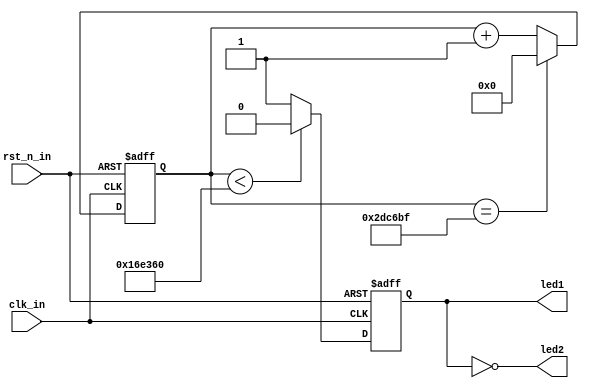
// ********************************************************************
// >>>>>>>>>>>>>>>>>>>>>>>>> COPYRIGHT NOTICE <<<<<<<<<<<<<<<<<<<<<<<<<
// ********************************************************************
// Module name  : LED_shining
// Description  : LED_shining
// Web          : www.stepfpga.com
// 
// --------------------------------------------------------------------
// Code Revision History : 
// --------------------------------------------------------------------
// Version: |Mod. Date:   |Changes Made:
// V1.0     |2017/03/02   |Initial ver
// --------------------------------------------------------------------
// Module Function:LED
module LED_shining
(
input clk_in,  //clk_in = 12mhz
input rst_n_in,  //rst_n_in, active low
output led1,  //led1 output
output led2  //led2 output
);
 
parameter CLK_DIV_PERIOD = 3_000_000; 
 
reg clk_div=0;
 
//wire led1,led2;
assign led1 = clk_div;
assign led2 = ~clk_div;
 
//clk_div = clk_in/CLK_DIV_PERIOD
reg[24:0] cnt=0;
always@(posedge clk_in or negedge rst_n_in) begin
    if(!rst_n_in) begin
        cnt<=0;
        clk_div<=0;
    end else begin
        if(cnt==(CLK_DIV_PERIOD-1)) cnt <= 0;
        else cnt <= cnt + 1'b1;
        if(cnt<(CLK_DIV_PERIOD>>1)) clk_div <= 0;
        else clk_div <= 1'b1;
    end
end
 
endmodule